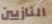
النازيين